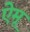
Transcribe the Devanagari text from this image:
ऐमू